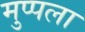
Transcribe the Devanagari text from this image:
मुप्पला